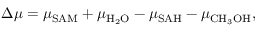
\Delta \mu = \mu _ { \mathrm { S A M } } + \mu _ { \mathrm { H } _ { 2 } \mathrm { O } } - \mu _ { \mathrm { S A H } } - \mu _ { \mathrm { C H } _ { 3 } \mathrm { O H } } ,